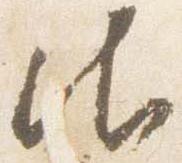
御